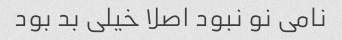
نامی نو نبود اصلا خیلی بد بود